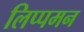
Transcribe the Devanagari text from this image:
लिप्पमन